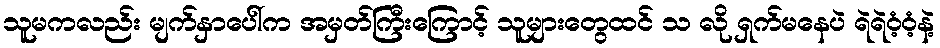
သူမကလည်း မျက်နှာပေါ်က အမှတ်ကြီးကြောင့် သူများတွေထင် သ လို ရှက်မနေပဲ ရဲရဲဝံ့ဝံ့နဲ့